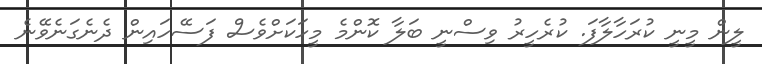
ލީން މީނީ ކުރަހާލާފަ. ކުރެހީރު ވިސްނީ ބަލާ ކޮންމެ މީހަކަށްވެސް ފަސޭހައިން ދެނެގަނެވޭނެ